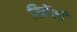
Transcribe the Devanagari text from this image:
रिनेंसाँ